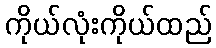
ကိုယ်လုံးကိုယ်ထည်